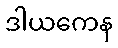
ဒါယကေန